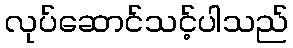
လုပ်ဆောင်သင့်ပါသည်